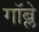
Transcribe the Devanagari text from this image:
गॉब्ले